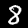
Label: 8